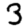
Digit: 3